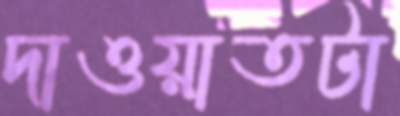
দাওয়াতটা